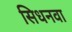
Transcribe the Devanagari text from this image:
सिधनवा